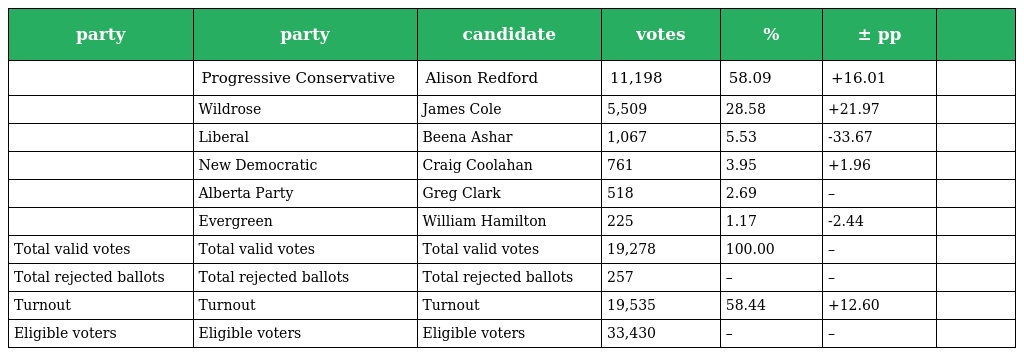
| party | party | candidate | votes | % | ± pp |  |
 | --- | --- | --- | --- | --- | --- | --- |
 |  | Progressive Conservative | Alison Redford | 11,198 | 58.09 | +16.01 |  |
 |  | Wildrose | James Cole | 5,509 | 28.58 | +21.97 |  |
 |  | Liberal | Beena Ashar | 1,067 | 5.53 | -33.67 |  |
 |  | New Democratic | Craig Coolahan | 761 | 3.95 | +1.96 |  |
 |  | Alberta Party | Greg Clark | 518 | 2.69 | – |  |
 |  | Evergreen | William Hamilton | 225 | 1.17 | -2.44 |  |
 | Total valid votes | Total valid votes | Total valid votes | 19,278 | 100.00 | – |  |
 | Total rejected ballots | Total rejected ballots | Total rejected ballots | 257 | – | – |  |
 | Turnout | Turnout | Turnout | 19,535 | 58.44 | +12.60 |  |
 | Eligible voters | Eligible voters | Eligible voters | 33,430 | – | – |  |